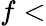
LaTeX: f<